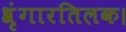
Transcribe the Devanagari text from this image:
श्रृंगारतिलक।